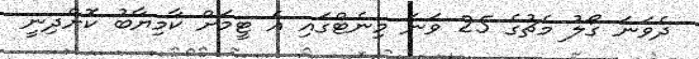
ދެވަނަ ގޯލު މެޗުގެ 25 ވަނަ މިނެޓްގައި އެ ޓީމަށް ކާމިޔާބު ކޮށްދިނީ